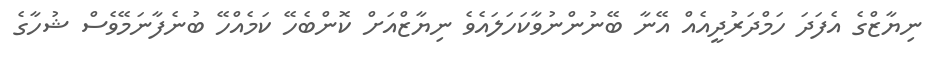
ނިޔާޒްގެ އެފަދަ ހަމްދަރުދީއެއް އޭނާ ބޭނުންނުވާކަހަލައެވެ ނިޔާޒްއަށް ކޮންބެހޭ ކަމެއްހޭ ބުނެފާނަމޭވެސް ޝުހާގެ